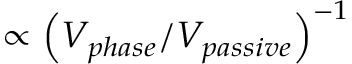
\propto \left( V _ { p h a s e } / V _ { p a s s i v e } \right) ^ { - 1 }